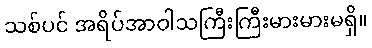
သစ်ပင် အရိပ်အာဝါသကြီးကြီးမားမားမရှိ။